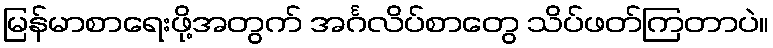
မြန်မာစာရေးဖို့အတွက် အင်္ဂလိပ်စာတွေ သိပ်ဖတ်ကြတာပဲ။